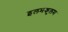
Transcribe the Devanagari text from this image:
इलमकुलम